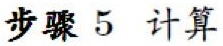
步骤 5 计算